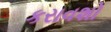
કરાવશો